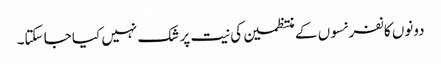
دونوں کانفرنسوں کے منتظمین کی نیت پر شک نہیں کیا جا سکتا۔